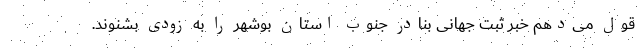
قول می‌دهم خبر ثبت جهانی بنادر جنوب استان بوشهر را به زودی بشنوند.